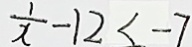
\frac { 1 } { x } - 1 2 < - 7